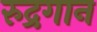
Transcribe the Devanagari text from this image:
रुद्रगान